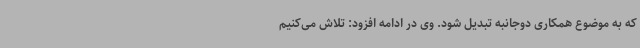
که به موضوع همکاری دوجانبه تبدیل شود. وی در ادامه افزود: تلاش می‌کنیم